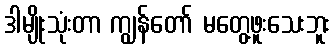
ဒါမျိုးသုံးတာ ကျွန်တော် မတွေ့ဖူးသေးဘူး